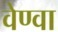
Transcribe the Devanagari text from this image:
वेण्वा